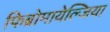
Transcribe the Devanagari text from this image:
फिब्रोमायेल्जिया